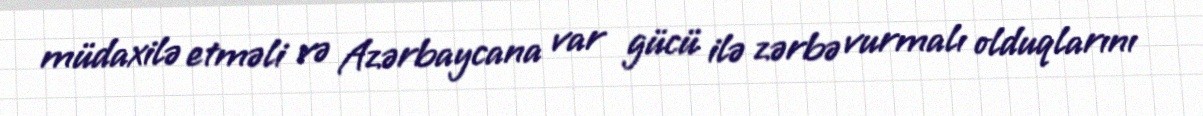
müdaxilə etməli və Azərbaycana var gücü ilə zərbə vurmalı olduqlarını